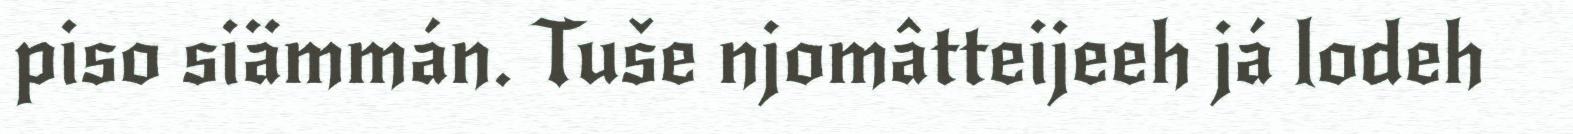
piso siämmán. Tuše njomâtteijeeh já lodeh